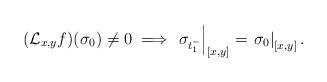
LaTeX: \begin{align*}(\mathcal{L}_{x,y}f)(\sigma_{0})\ne0\implies\left.\sigma_{t_{1}^{-}}\right|_{[x,y]}=\left.\sigma_{0}\right|_{[x,y]}.\end{align*}